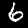
Label: 6